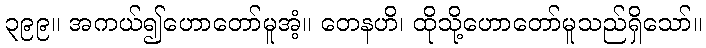
၃၉၉။ အကယ်၍ဟောတော်မူအံ့။ တေနဟိ၊ ထိုသို့ဟောတော်မူသည်ရှိသော်။